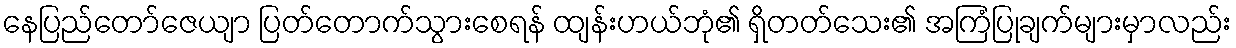
နေပြည်တော်ဇေယျာ ပြတ်တောက်သွားစေရန် ထျန်းဟယ်ဘုံ၏ ရှိတတ်သေး၏ အကြံပြုချက်များမှာလည်း